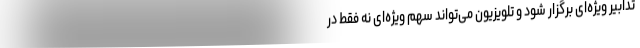
تدابیر ویژه‌ای برگزار شود و تلویزیون می‌تواند سهم ویژه‌ای نه فقط در